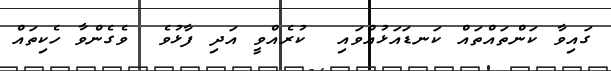
ގައިވާ ކަންތައްތައް ކަނޑައަޅުއްވައި  ކުރެއްވީ އަދި ފާޅުވެ  ވެގެންވާ ހެކިތައް